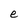
Character: e